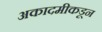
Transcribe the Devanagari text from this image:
अकादमीकडून